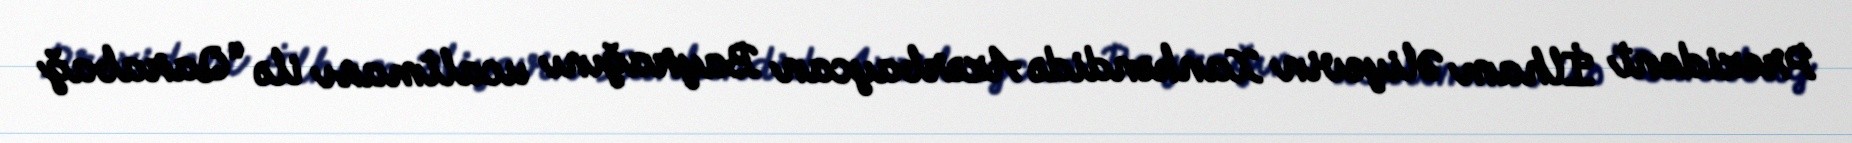
Prezident İlham Əliyevin Xankəndidə Azərbaycan Bayrağını ucaltması ilə “Qarabağ